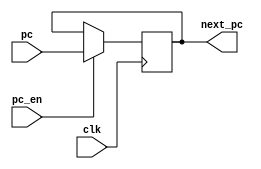
`timescale 1ns / 1ps

module pc_register(clk, pc, pc_en, next_pc);
	input clk, pc_en;
	input [31:0] pc;
	output reg [31:0] next_pc;

	always @(posedge clk)
	begin
		if (pc_en == 1)
		begin
			next_pc <= pc;
		end
	end

endmodule